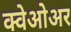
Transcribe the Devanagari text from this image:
क्वेओअर